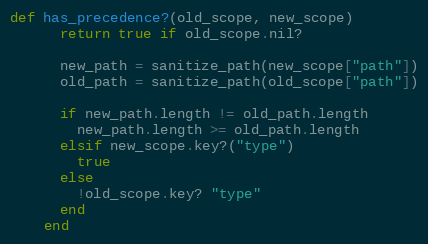
Language: Ruby
def has_precedence?(old_scope, new_scope)
      return true if old_scope.nil?

      new_path = sanitize_path(new_scope["path"])
      old_path = sanitize_path(old_scope["path"])

      if new_path.length != old_path.length
        new_path.length >= old_path.length
      elsif new_scope.key?("type")
        true
      else
        !old_scope.key? "type"
      end
    end